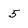
Character: 5